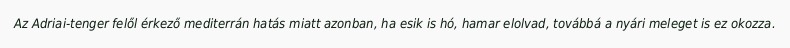
Az Adriai-tenger felől érkező mediterrán hatás miatt azonban, ha esik is hó, hamar elolvad, továbbá a nyári meleget is ez okozza.